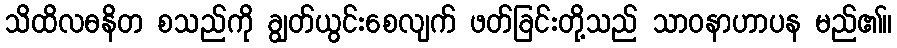
သိထိလဓနိတ စသည်ကို ချွတ်ယွင်းစေလျက် ဖတ်ခြင်းတို့သည် သာဝနာဟာပန မည်၏။